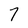
Character: 7